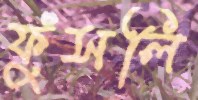
ফুঁসলি